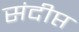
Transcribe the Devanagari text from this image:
संदीप्त